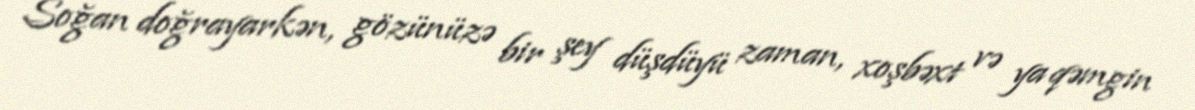
Soğan doğrayarkən, gözünüzə bir şey düşdüyü zaman, xoşbəxt və ya qəmgin